Annual report of the Imperial Bacteriologist
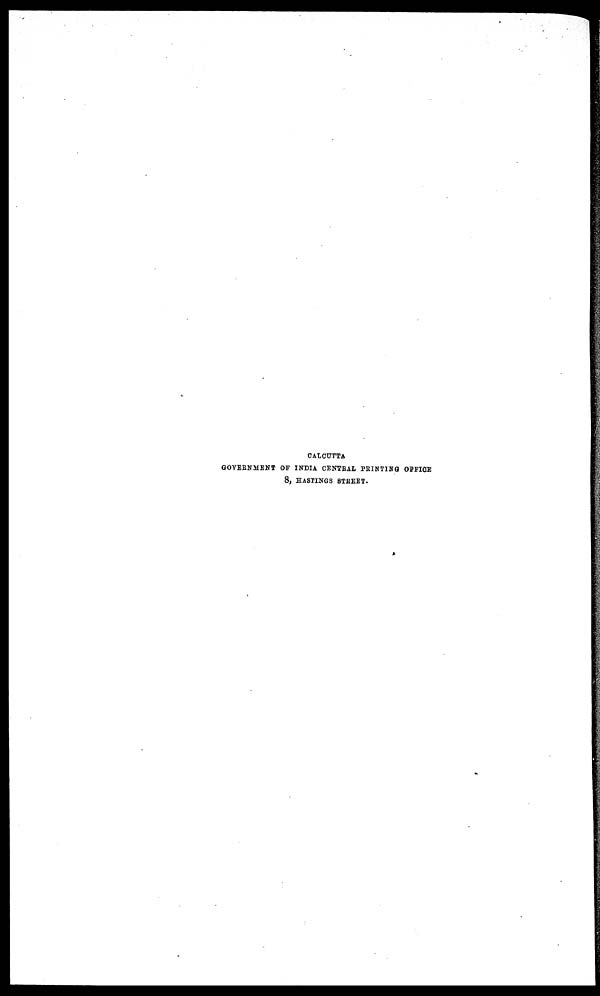
CALCUTTA
GOVERNMENT OF INDIA CENTRAL PRINTING OFFICE
8, HASTINGS STREET.